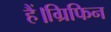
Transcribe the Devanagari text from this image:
हैं।ग्रिफिन